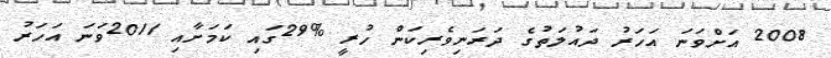
2008 އަށްވަނަ އަހަރު ދައުލަތުގެ ދަރަނިވެރިކަން ހުރީ %29ގައި ކަމަށާއި 2011ވަނަ އަހަރު